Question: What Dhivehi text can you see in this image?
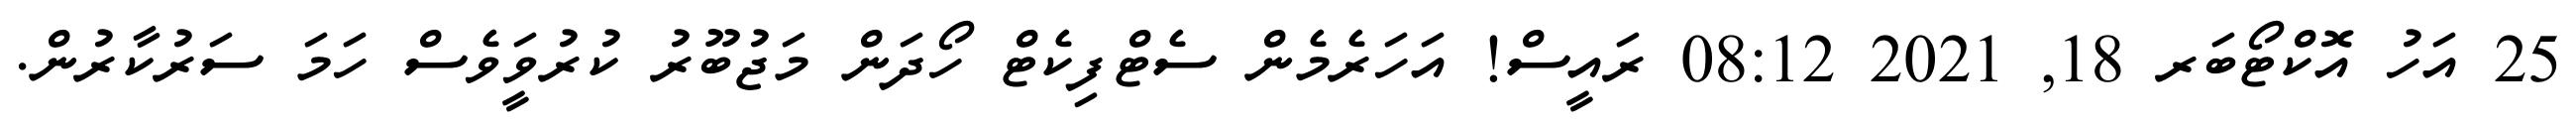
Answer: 25 އަހު އޮކްޓޯބަރ 18, 2021 08:12 ރައީސް! އަހަރެމެން ސެޓްފިކެޓް ހޯދަން މަޖުބޫރު ކުރުވަީވެސް ހަމަ ސަރުކާރުން.